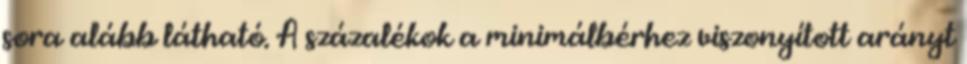
sora alább látható. A százalékok a minimálbérhez viszonyított arányt